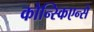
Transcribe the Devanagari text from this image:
कोन्स्किएन्से